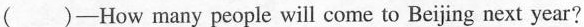
( )—How many people will come to Beijing next year?